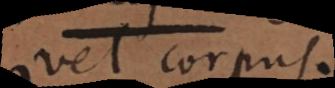
vel corpus